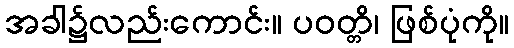
အခါ၌လည်းကောင်း။ ပဝတ္တိ၊ ဖြစ်ပုံကို။